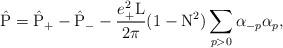
LaTeX: \begin{align*}\hat{\rm P} = \hat{\rm P}_{+} - \hat{\rm P}_{-} -\frac{e_{+}^2 \rm L}{2 \pi} (1-{\rm N}^2)\sum_{p > 0} {\alpha}_{-p}{\alpha}_{p} ,\end{align*}